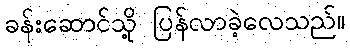
ခန်းဆောင်သို့ ပြန်လာခဲ့လေသည်။